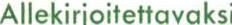
Allekirioitettavaks